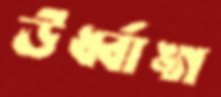
ঊর্ধ্বাঙ্গ